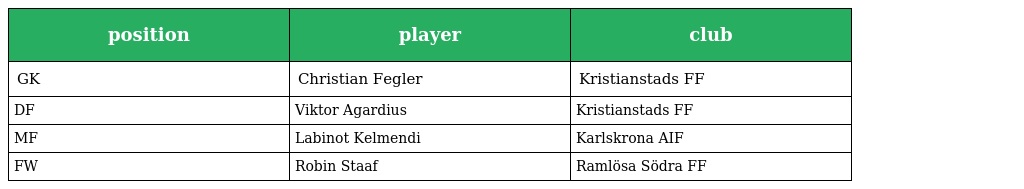
| position | player | club |
 | --- | --- | --- |
 | GK | Christian Fegler | Kristianstads FF |
 | DF | Viktor Agardius | Kristianstads FF |
 | MF | Labinot Kelmendi | Karlskrona AIF |
 | FW | Robin Staaf | Ramlösa Södra FF |